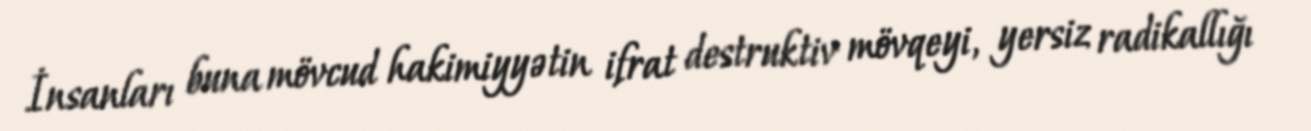
İnsanları buna mövcud hakimiyyətin ifrat destruktiv mövqeyi, yersiz radikallığı